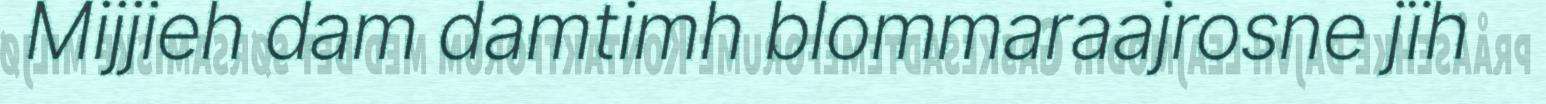
Mijjieh dam damtimh blommaraajrosne jïh